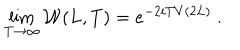
\lim _ { T \to \infty } { \cal W } ( L , T ) = e ^ { - 2 i T V ( 2 L ) } \ .